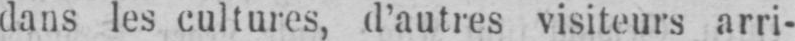
dans les cultures, d’autres visiteurs arri-